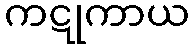
ကဋုကာယ